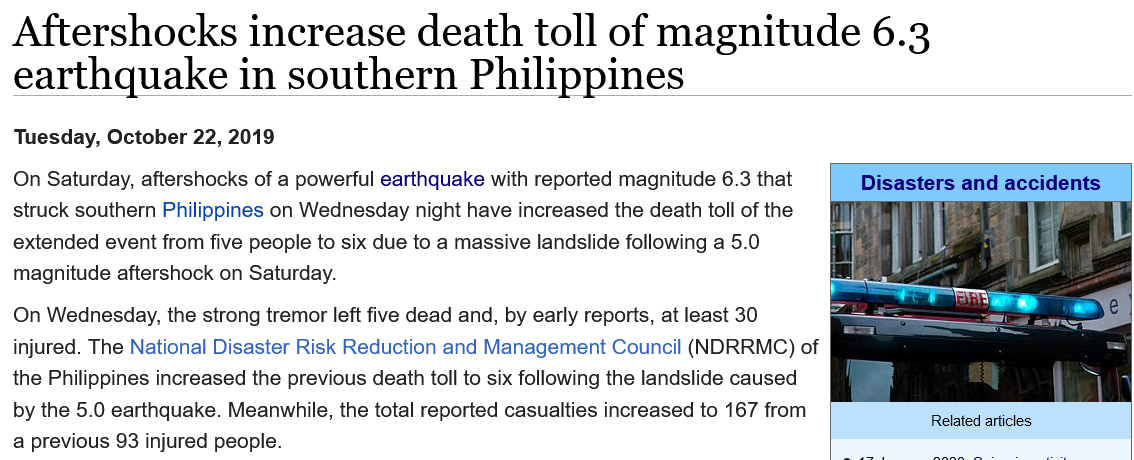
Aftershocks    increase    death    toll   of  magnitude    6.3
  earthquake    in    southern    Philippines
  On Wednesday, the strong tremor left five dead and, by early reports, at least 30
  injured. The National Disaster Risk Reduction and Management Council (NDRRMC) of
  the Philippines increased the previous death toll to six following the landslide caused
  by the 5.0 earthquake. Meanwhile, the total reported casualties increased to 167 from
  a previous 93 injured people.
  On Saturday, aftershocks of a powerful earthquake with reported magnitude 6.3 that
  struck southern Philippines on Wednesday night have increased the death toll of the
  extended event from five people to six due to a massive landslide following a 5.0
  magnitude aftershock on Saturday.
  Tuesday, October 22, 2019
     Related articles
     Disasters and accidents